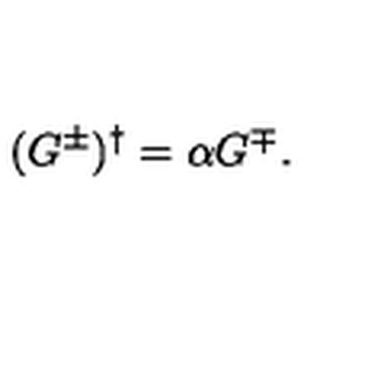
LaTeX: ( G ^ { \pm } ) ^ { \dagger } = \alpha G ^ { \mp } { } .